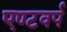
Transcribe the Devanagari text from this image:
एण्टवर्प